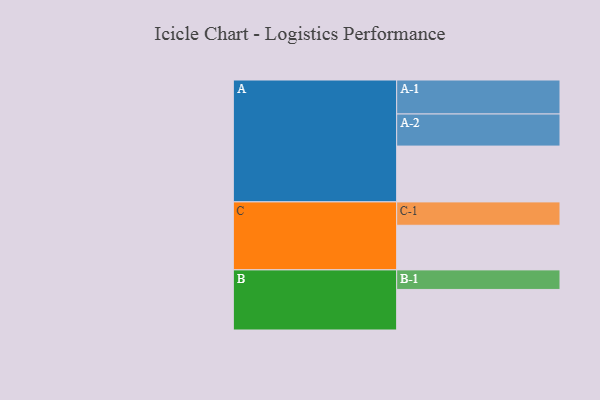
{"axis": {"x": "Segment", "y": "Value"}, "legend": ["", "A", "B", "C"], "data": [{"x": "A", "y": 468, "type": ""}, {"x": "B", "y": 340, "type": ""}, {"x": "C", "y": 374, "type": ""}, {"x": "A-1", "y": 285, "type": "A"}, {"x": "A-2", "y": 269, "type": "A"}, {"x": "B-1", "y": 164, "type": "B"}, {"x": "C-1", "y": 196, "type": "C"}]}